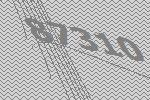
87310